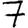
Digit: 7